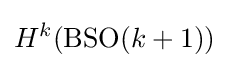
H^{k}(\mathrm {BSO} (k+1))